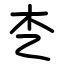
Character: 朰